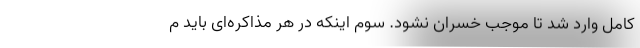
کامل وارد شد تا موجب خسران نشود. سوم اینکه در هر مذاکره‌ای باید م